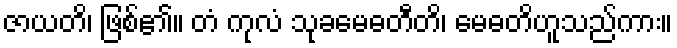
ဇာယတိ၊ ဖြစ်၏။ တံ ကုလံ သုခမေဓတီတိ၊ မေဓတိဟူသည်ကား။